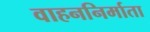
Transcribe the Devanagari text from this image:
वाहननिर्माता